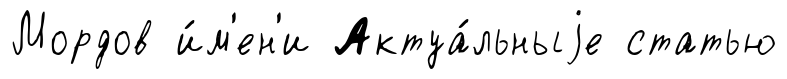
Мордов и́м'ен'и Актуа́льныjе статью